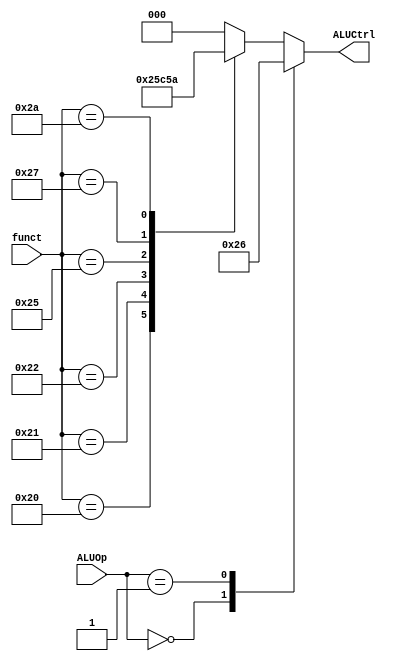
`timescale 1ns/1ps
module ALUCU (
    input [1:0] ALUOp,
    input [5:0] funct,
    output reg [2:0] ALUCtrl
);
    always @(*) begin
        ALUCtrl = 3'b000;
        case(ALUOp)
            2'b00:
                ALUCtrl = 3'b100;
            2'b01:
                ALUCtrl = 3'b110;
            default:
                case(funct)
                    6'b100000:
                        ALUCtrl = 3'b100;
                    6'b100001:
                        ALUCtrl = 3'b101;
                    6'b100010:
                        ALUCtrl = 3'b110;
                    6'b100100:
                        ALUCtrl = 3'b000;
                    6'b100101:
                        ALUCtrl = 3'b001;
                    6'b100111:
                        ALUCtrl = 3'b011;
                    6'b101010:
                        ALUCtrl = 3'b010;
                endcase
        endcase
    end
endmodule